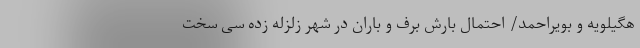
هگیلویه و بویراحمد/ احتمال بارش برف و باران در شهر زلزله زده سی سخت